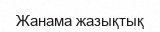
Жанама жазықтық